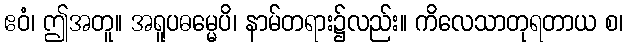
ဧဝံ၊ ဤအတူ။ အရူပဓမ္မေပိ၊ နာမ်တရား၌လည်း။ ကိလေသာတုရတာယ စ၊